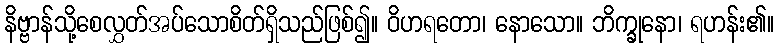
နိဗ္ဗာန်သို့စေလွှတ်အပ်သောစိတ်ရှိသည်ဖြစ်၍။ ဝိဟရတော၊ နောသော။ ဘိက္ခုနော၊ ရဟန်း၏။